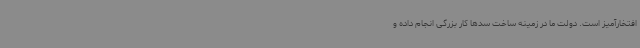
افتخارآمیز است. دولت ما در زمینه ساخت سدها کار بزرگی انجام داده و